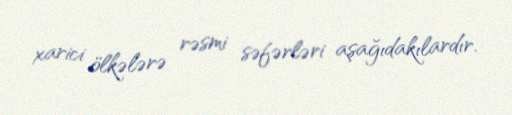
xarici ölkələrə rəsmi səfərləri aşağıdakılardır.